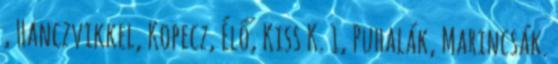
, Hanczvikkel, Kopecz, Élő, Kiss K. 1, Puhalák, Marincsák.